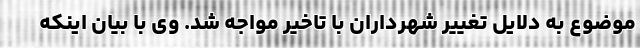
موضوع به دلایل تغییر شهرداران با تاخیر مواجه شد. وی با بیان اینکه